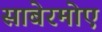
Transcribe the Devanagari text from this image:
साबेरमोए